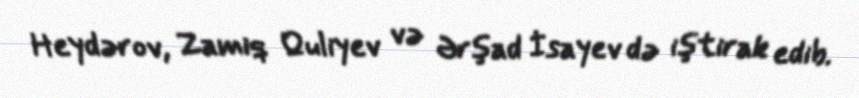
Heydərov, Zamiq Quliyev və Ərşad İsayev də iştirak edib.